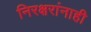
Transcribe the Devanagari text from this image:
निरक्षरांनाही